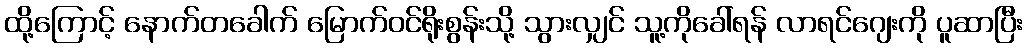
ထို့ကြောင့် နောက်တခေါက် မြောက်ဝင်ရိုးစွန်းသို့ သွားလျှင် သူ့ကိုခေါ်ရန် လာရင်ဂျေးကို ပူဆာပြီး